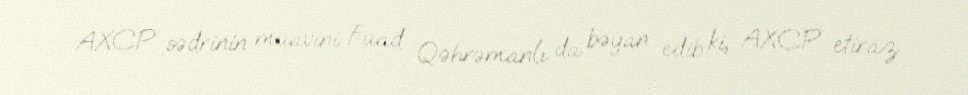
AXCP sədrinin müavini Fuad Qəhrəmanlı da bəyan edib ki, AXCP etiraz